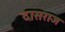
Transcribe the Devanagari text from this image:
दासराज